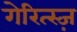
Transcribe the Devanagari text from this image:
गेरित्स्ज़